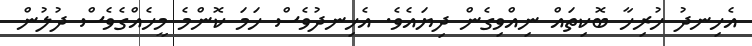
އެހިނދު ހުރިހާ ބޮކިތައް ނިއްވިގެން ދިޔައެވެ. އެހިނދުވެސް ހަމަ ކޮންމެ މީހެއްގެވެސް ދުލުން